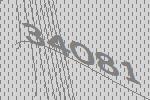
34081